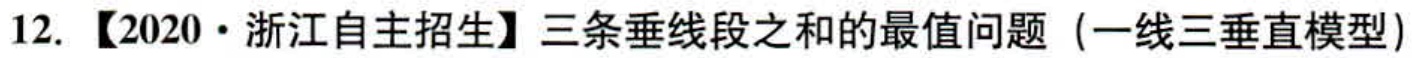
12. 【2020·浙江自主招生】三条垂线段之和的最值问题（一线三垂直模型）